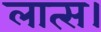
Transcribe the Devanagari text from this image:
लात्स।